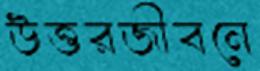
উত্তরজীবনে